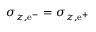
\sigma _ { z , \mathrm { e } ^ { - } } = \sigma _ { z , \mathrm { e } ^ { + } }